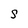
Character: S